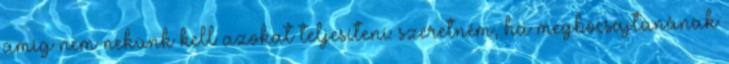
amíg nem nekünk kell azokat teljesíteni: szeretném, ha megbocsajtanának